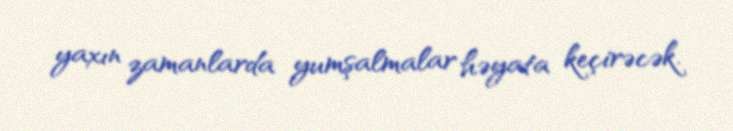
yaxın zamanlarda yumşalmalar həyata keçirəcək.